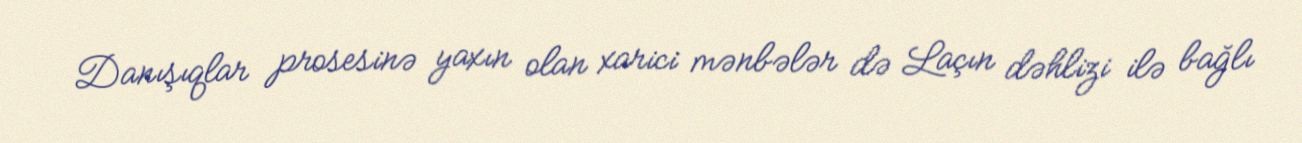
Danışıqlar prosesinə yaxın olan xarici mənbələr də Laçın dəhlizi ilə bağlı